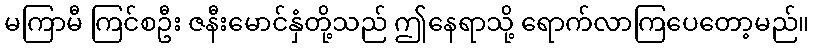
မကြာမီ ကြင်စဦး ဇနီးမောင်နှံတို့သည် ဤနေရာသို့ ရောက်လာကြပေတော့မည်။